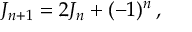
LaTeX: J _ { n + 1 } = 2 J _ { n } + ( - 1 ) ^ { n } \, ,